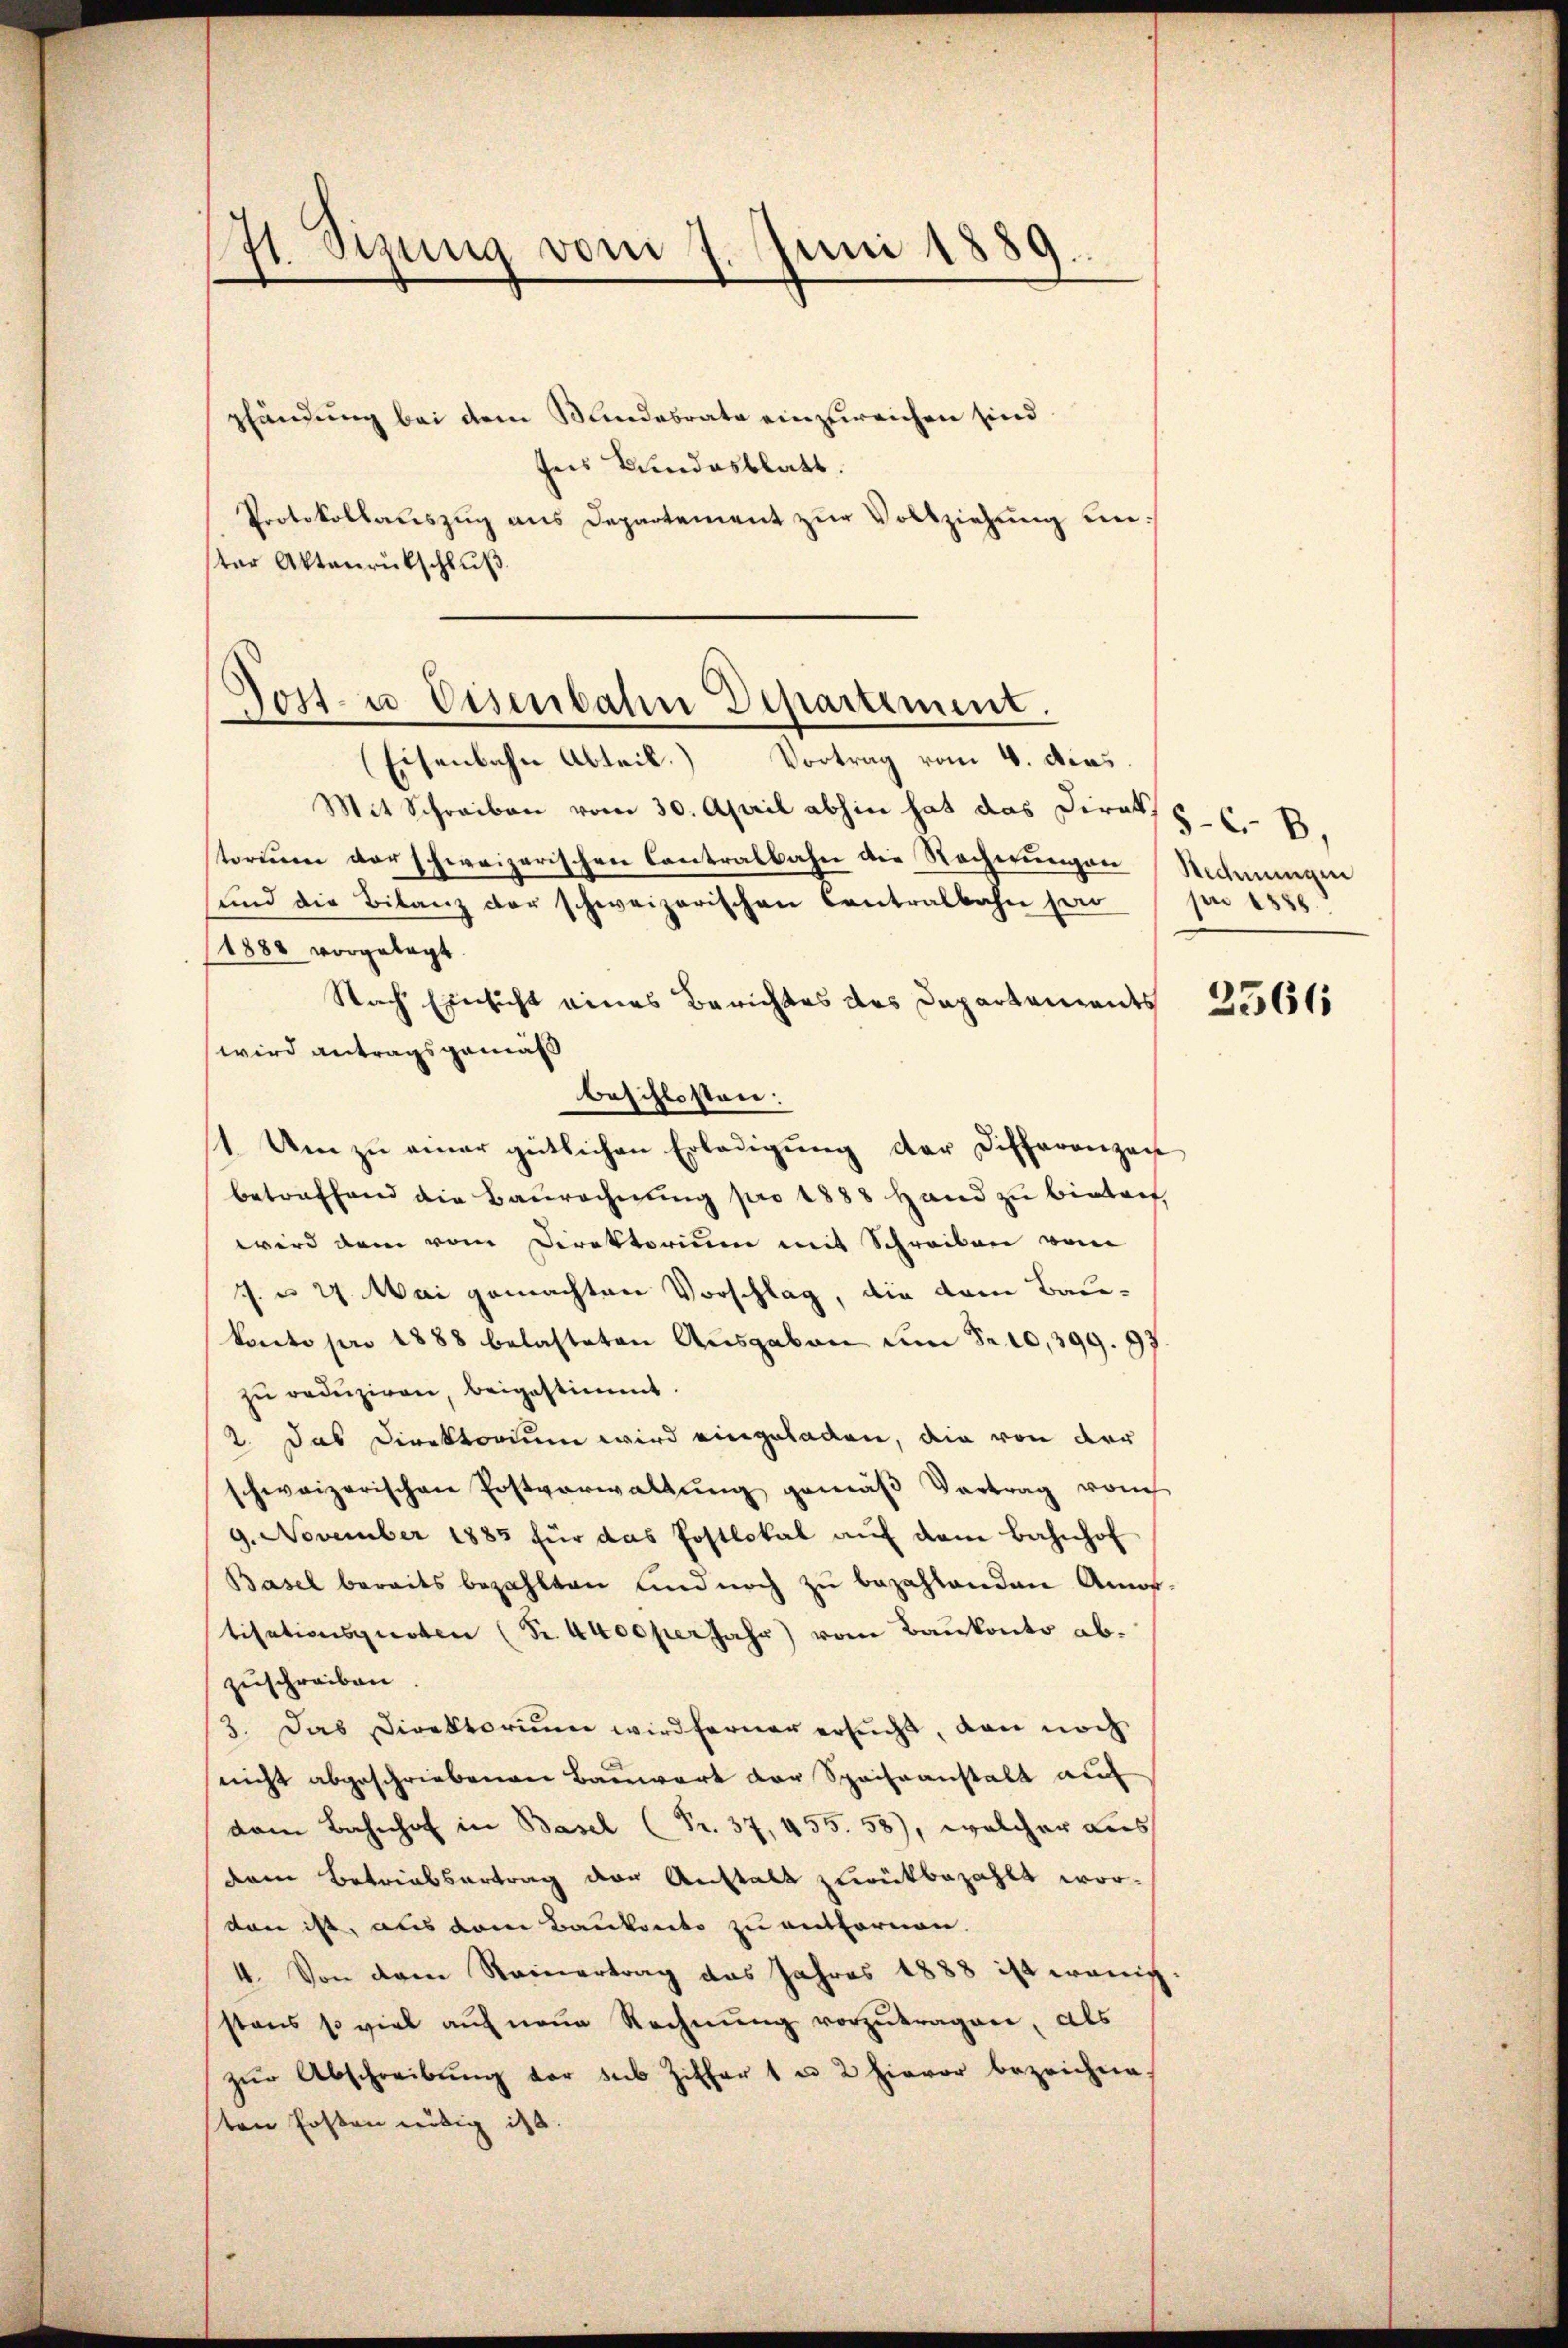
171. Sizung vom 7. Juni 1889.

pfändung bei dem Mandesrate einzureichen sind.
ses Bundesblatt.
Protokollaŭszŭg ans Departement zŭr Vollziehŭng unter Aktenrütschluß

Jost- u Eisenbahn Departement.
(Eisenbahn Abteil. Vortrag vom 4. dies

Mit Schreiben vom 30. April abhin hat das Dirath C. B,
torium vor schweizerischen Contralbahn die Sacherungen Rechnungen
sund die Bilanz der schweizerischen Contralbahn her
1888 vorgelegt.
Nach Einsicht eines Berichtes des Departements
wird antragsgemäß
beschlossen:
11. Um zu einer gütlichen Erledigung der Differenzen
betreffend die Baurechnung pro 1888 Hand zu bieten,
wird dem vom Direktorium mit Schreiben von
J. u 27. Mai gemachten Vorschlag, die dem Baukonto pro 1888 belasteten Ausgaben um Fr. 10,399. 97
zŭ redŭziren, beigestimmt.
2. Das Direktorium wird eingeladen, die von der
schweizerischen Postverwaltung gemäß Vertrag vom
9. November 1885 für das Postlokal auf dem Bahnhof
Basel bereits bezahlten und noch zu bezahlenden Amor-
tisationsquoten (S. 4400 per Jahr) vom Baukonto abzuschreiben.
3. Das Direktorium wird ferner ersucht, von noch
nicht abgeschriebenen Bauwart der Speiseanstalt auf
dem Bahnhof in Basel (Fr. 37, 455. 58), welcher aus
deren Betriebertrag der Anstalt zurükbezahlt worden ist, aus dem Baukonto zu entfernen.
4. Von dem Reinertrag das Jahres 1888 ist wenig
stens so viel aŭf neue Rechnŭng vorzutragen, als
zŭr Abschreibŭng vor sub Ziffer 1 u 2 hievor bezeichne
ten Ersten nötig ist.

pr 1586.

2566